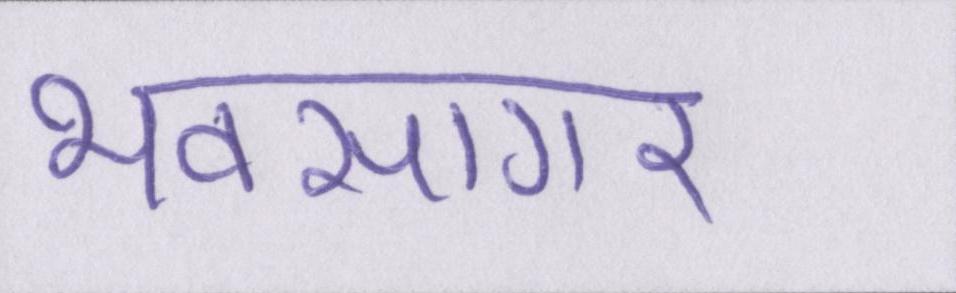
भवसागर